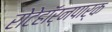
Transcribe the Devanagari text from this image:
रोटेहॉर्नपार्क